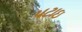
પટાઇ